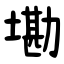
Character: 墈